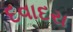
દવાદરા